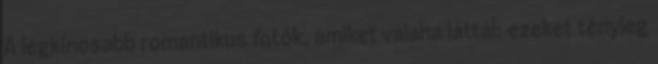
A legkínosabb romantikus fotók, amiket valaha láttál: ezeket tényleg